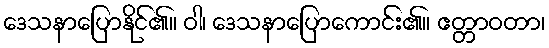
ဒေသနာပြောနိုင်၏။ ဝါ၊ ဒေသနာပြောကောင်း၏။ ဧတ္တာဝတာ၊